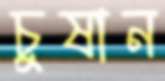
চুষান